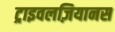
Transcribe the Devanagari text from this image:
ट्राइवलज़ियानस